65_HS1-834228961_62-HQ-83894_Section_1
Agency: FBI
Page 83
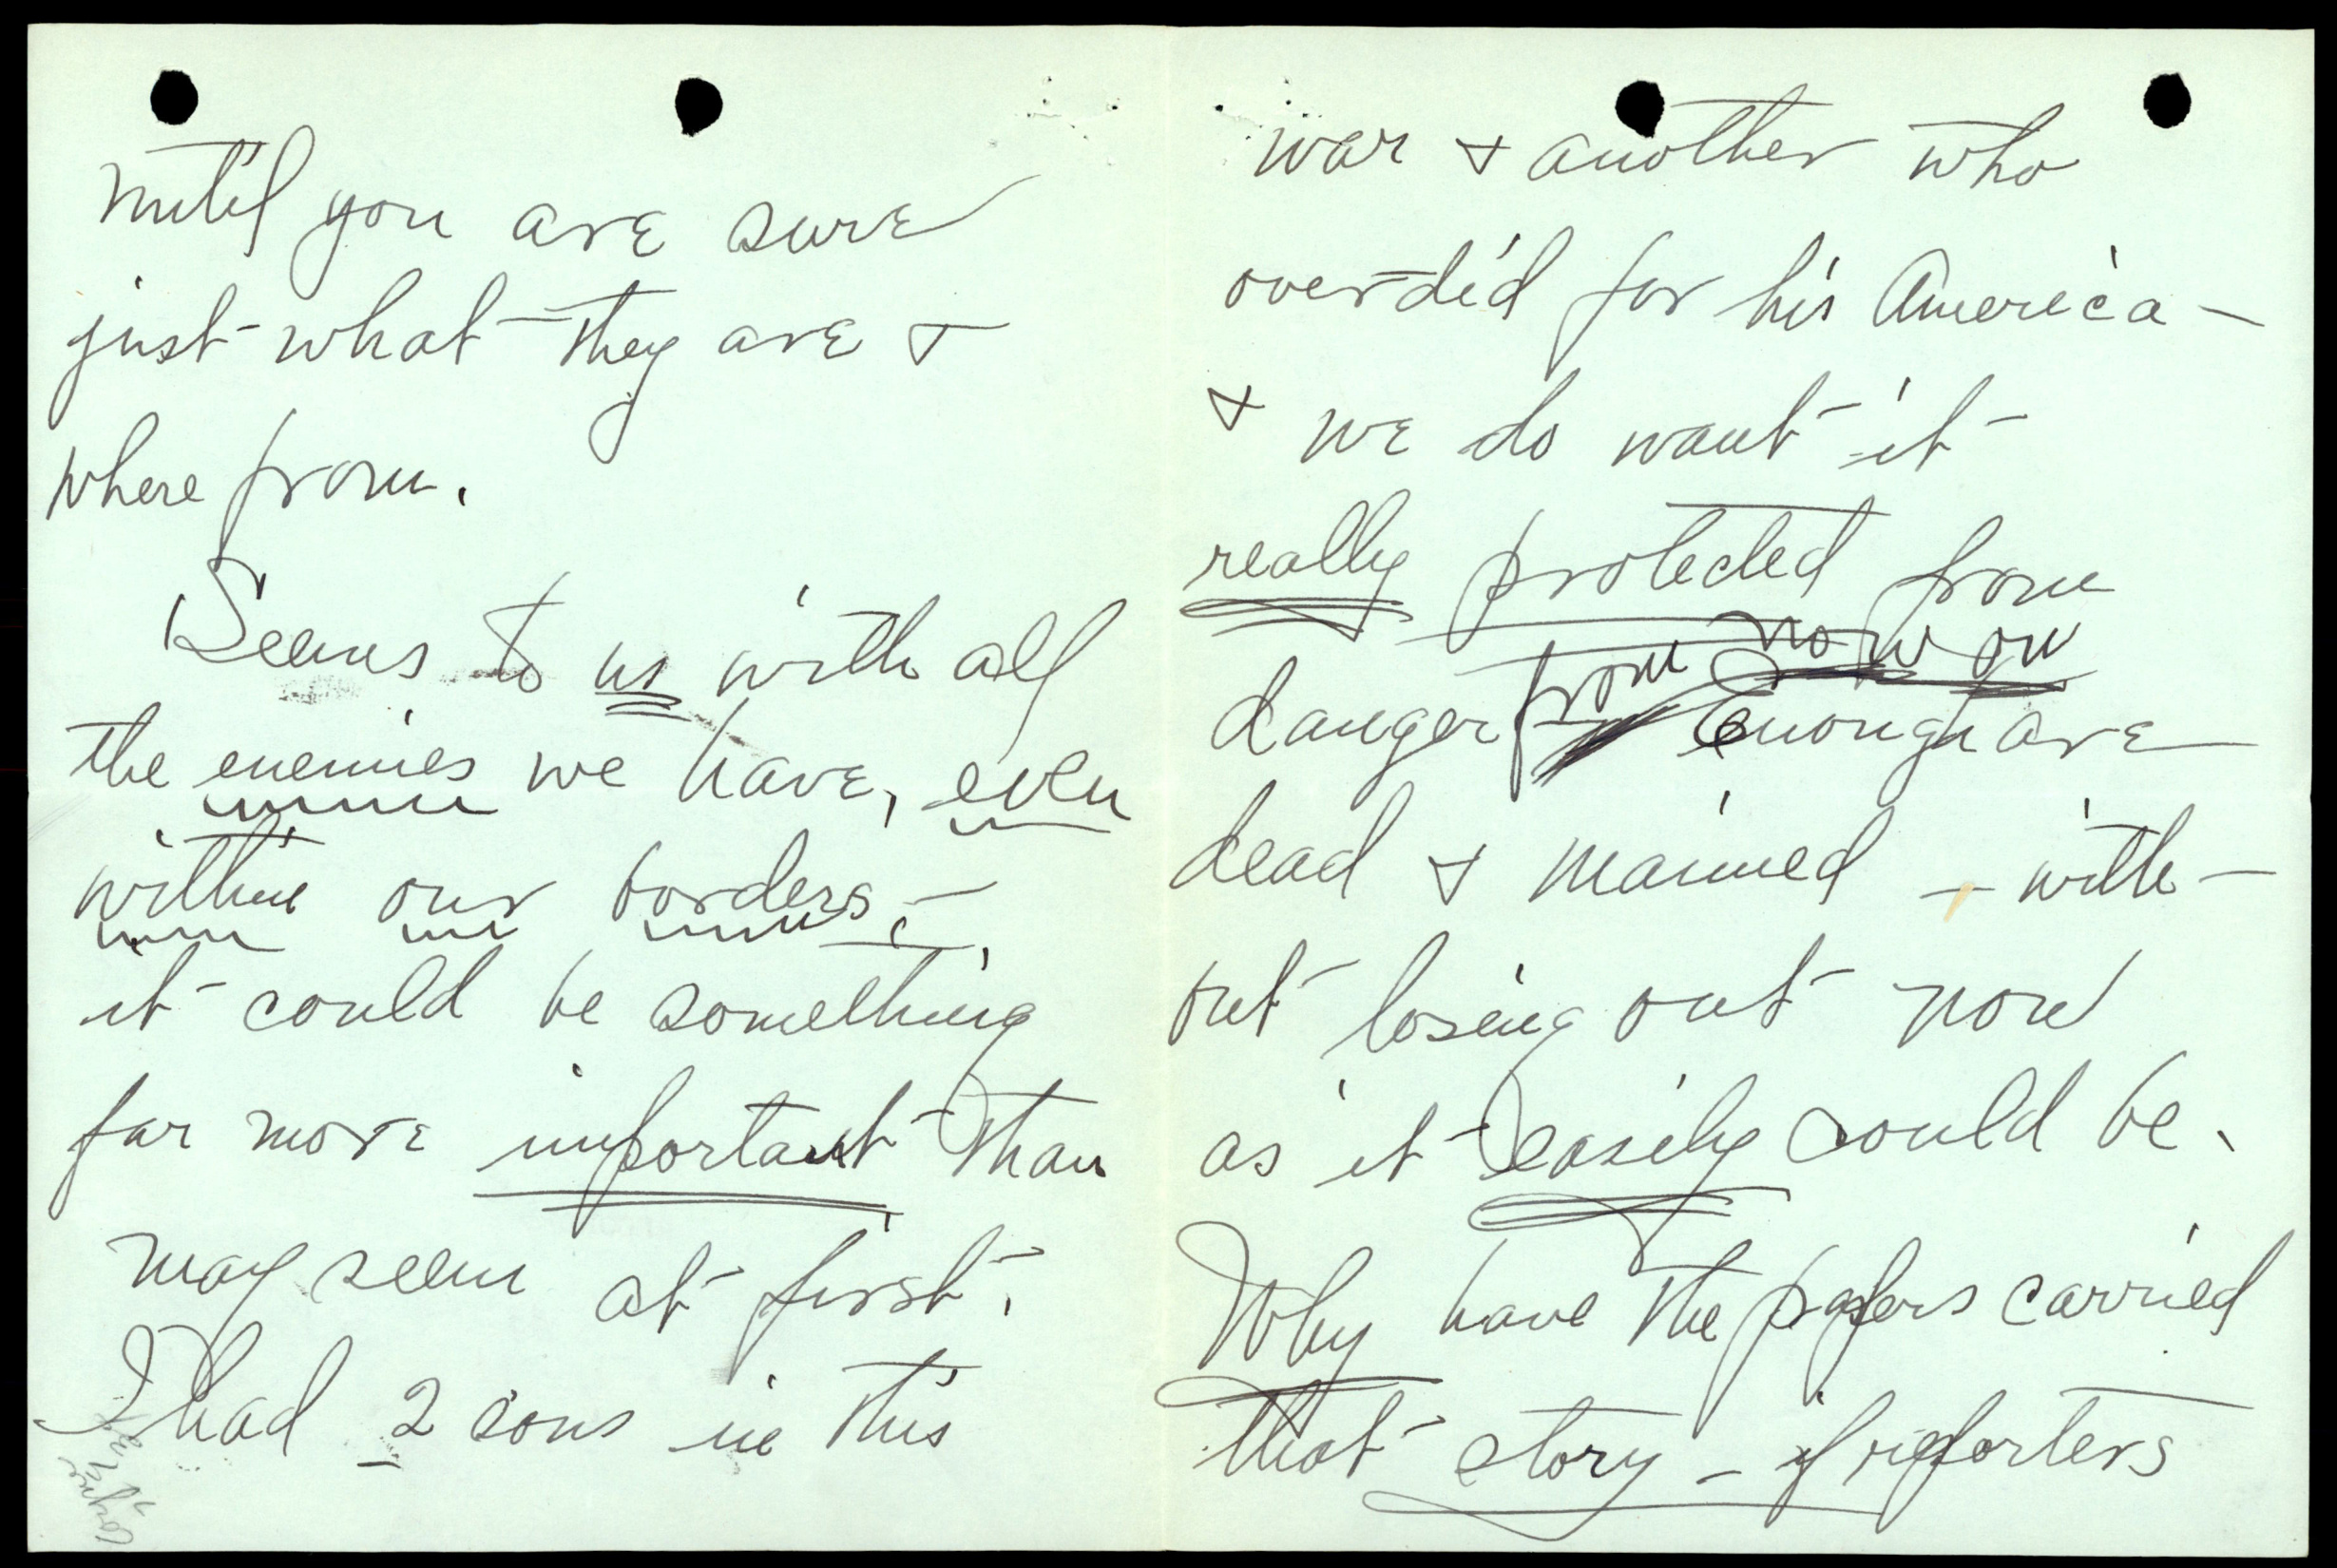